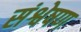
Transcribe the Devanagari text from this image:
संश्वेषण